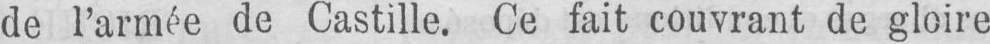
de l’armée de Castille. Ce fait couvrant de gloire